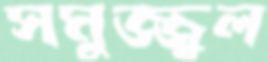
সমুজ্জ্বল